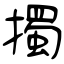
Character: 擉